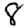
Digit: 8